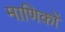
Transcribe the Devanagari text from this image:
माणिकों